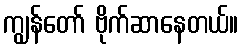
ကျွန်တော် ဗိုက်ဆာနေတယ်။